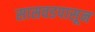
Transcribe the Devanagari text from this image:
सासवडपासून